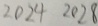
2 0 2 4 2 0 2 8